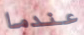
عندما